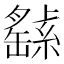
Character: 𦅸